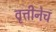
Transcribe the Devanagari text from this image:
वृत्तीनेच